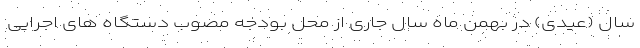
سال (عیدی) در بهمن ماه سال جاری از محل بودجه مصوب دستگاه های اجرایی